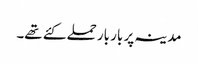
مدینہ پر بار بار حملے کئے تھے۔